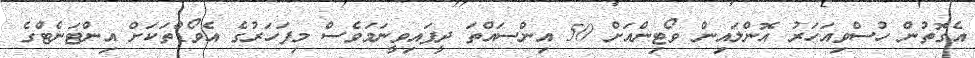
އެގޮތުން ހުސްވިއަހަރު އޮންލައިން ވޯޓިންއަށް 50 އިންސައްތަ ދީފައިވީނަމަވެސް މިފަހަރުގެ އެވޯޑްތަކަށް އިންޓަނެޓްގެ